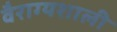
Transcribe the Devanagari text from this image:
वैराग्यशाली